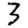
Digit: 3